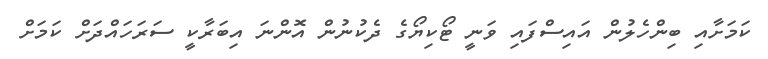
ކަމަށާއި ބިންހެލުން އައިސްފައި ވަނީ ޓޯކިޔޯގެ ދެކުނުން އޮންނަ އިބަރާކީ ސަރަހައްދަށް ކަމަށް